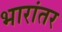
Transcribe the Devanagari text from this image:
भारांतर